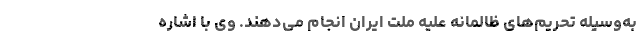
به‌وسیله تحریم‌های ظالمانه علیه ملت ایران انجام می‌دهند. وی با اشاره